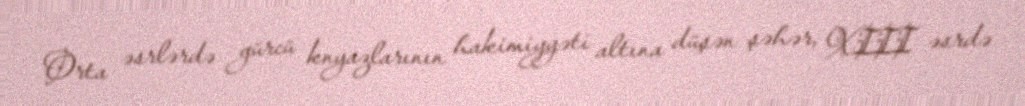
Orta əsrlərdə gürcü knyazlarının hakimiyyəti altına düşən şəhər, XIII əsrdə